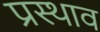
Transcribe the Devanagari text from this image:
प्रस्थाव